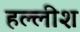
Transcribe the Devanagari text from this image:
हल्लीश